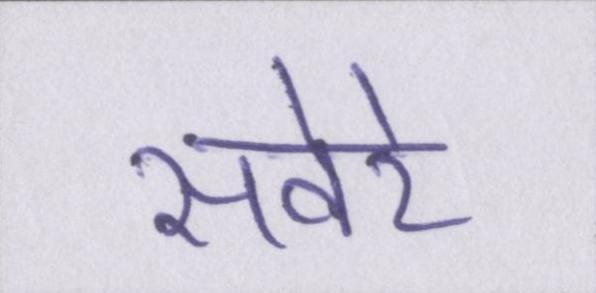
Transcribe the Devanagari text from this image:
सवेरे